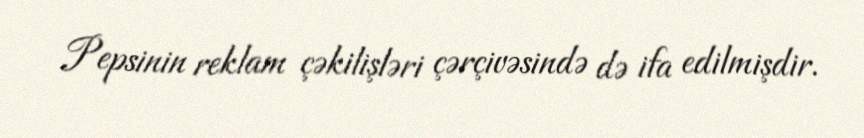
Pepsinin reklam çəkilişləri çərçivəsində də ifa edilmişdir.